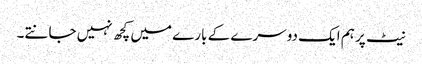
نیٹ پر ہم ایک دوسرے کے بارے میں کچھ نہیں جانتے۔